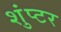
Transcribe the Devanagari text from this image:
शुंप्टर